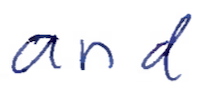
Text: and
Cross-out: clean
Writing tool: ballpoint